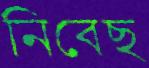
নিবেছ